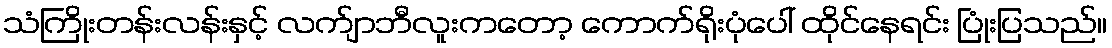
သံကြိုးတန်းလန်းနှင့် လက်ျာဘီလူးကတော့ ကောက်ရိုးပုံပေါ် ထိုင်နေရင်း ပြုံးပြသည်။